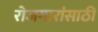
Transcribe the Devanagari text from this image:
रोजगारांसाठी